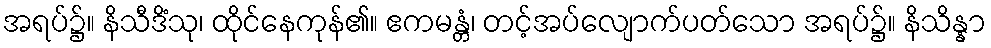
အရပ်၌။ နိသီဒိံသု၊ ထိုင်နေကုန်၏။ ဧကမန္တံ၊ တင့်အပ်လျောက်ပတ်သော အရပ်၌။ နိသိန္နာ